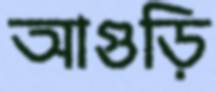
আগুড়ি